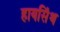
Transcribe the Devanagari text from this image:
हायसिंथ